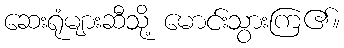
ဆေးရုံများဆီသို့ မောင်းသွားကြ၏။